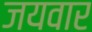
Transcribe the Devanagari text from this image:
जयवार